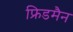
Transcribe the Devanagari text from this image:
फ्रिडमैन